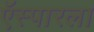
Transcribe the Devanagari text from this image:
ऍस्पारला